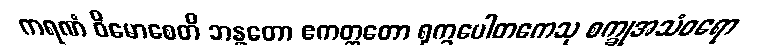
ကရဏံ ဝိမောစေတိ ဘန္ဇတော ဧကတ္တတော ရုက္ခပေါတကေသု စက္ခုအသံဝရော